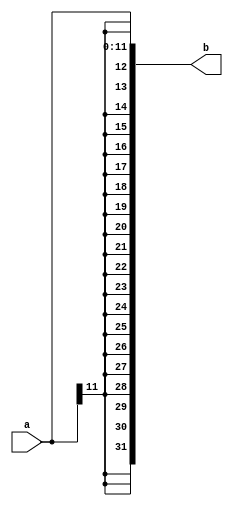
module sign_imm(input wire [11:0] a,
                output wire [31:0] b);
  
  assign b = {{20{a[11]}},a};
  
endmodule